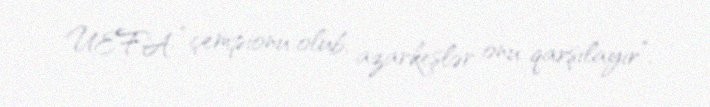
UEFA “çempionu olub, azarkeşlər onu qarşılayır”.